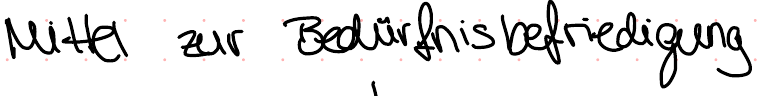
Mittel zur Bedürfnisbefriedigung